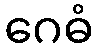
ဂေဓံ